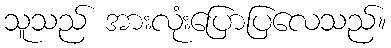
သူသည် အားလုံးပြောပြလေသည်။